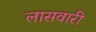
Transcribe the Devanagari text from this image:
लासवारी